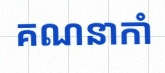
គណនាកាំ